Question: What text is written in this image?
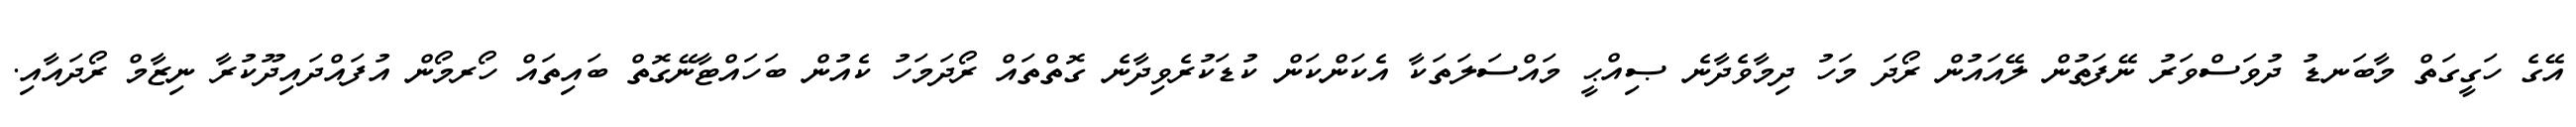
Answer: އޭގެ ހަގީގަތް މާބަނޑު ދުވަސްވަރު ނޭފަތުން ލޭއައުން ރޯދަ މަހު ދިމާވެދާނެ ޞިއްޙީ މައްސަލަތަކާ އެކަންކަން ކުޑަކުރެވިދާނެ ގޮތްތައް ރޯދަމަހު ކެއުން ބަހައްޓާނޭގޮތް ބައިތައް ހޯރމޯން އުފައްދައިދޫކުރާ ނިޒާމް ރޯދައާއި.